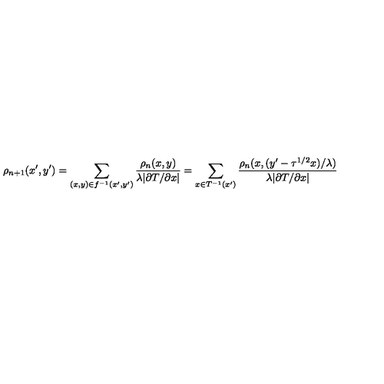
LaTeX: \rho _ { n + 1 } ( x ^ { \prime } , y ^ { \prime } ) = \sum _ { ( x , y ) \in f ^ { - 1 } ( x ^ { \prime } , y ^ { \prime } ) } \frac { \rho _ { n } ( x , y ) } { \lambda | \partial T / \partial x | } = \sum _ { x \in T ^ { - 1 } ( x ^ { \prime } ) } \frac { \rho _ { n } ( x , ( y ^ { \prime } - \tau ^ { 1 / 2 } x ) / \lambda ) } { \lambda | \partial T / \partial x | }